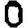
Digit: 0